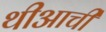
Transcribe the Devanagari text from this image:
थीआची